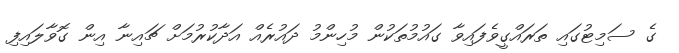
ގެ ސަމިޓުގައި ތަރައްގީވެފައިވާ ގައުމުތަކުން މުހިންމު ދައުރެއް އަދާކުރުމަށް ޗައިނާ އިން ގޮވާލައިފި